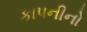
કાપનીનો